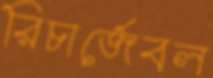
রিচার্জেবল